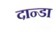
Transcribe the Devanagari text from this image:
दान्डा